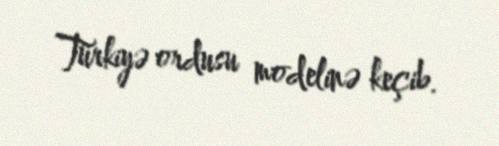
Türkiyə ordusu modelinə keçib.